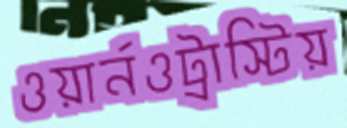
ওয়ার্নওট্রাস্টিয়